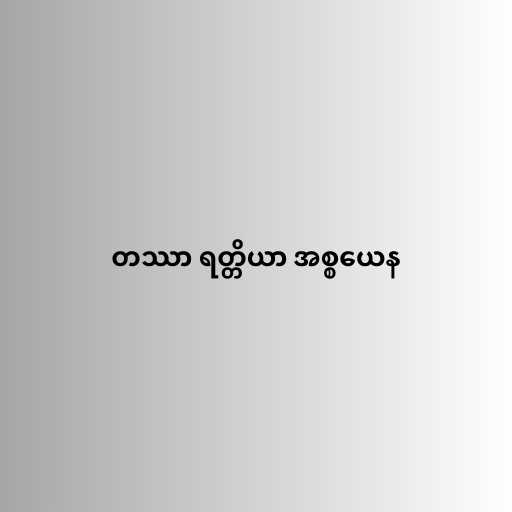
တဿာ ရတ္တိယာ အစ္စယေန